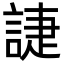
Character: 誱